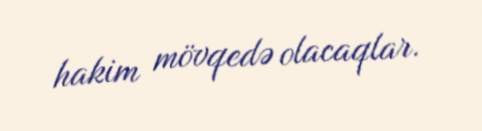
hakim mövqedə olacaqlar.